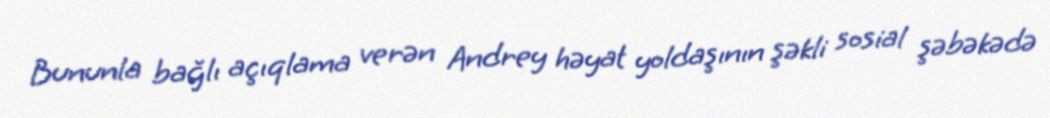
Bununla bağlı açıqlama verən Andrey həyat yoldaşının şəkli sosial şəbəkədə